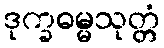
ဒုက္ခဓမ္မသုတ္တံ